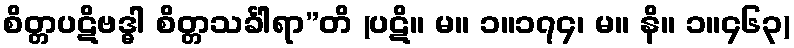
စိတ္တပဋိဗဒ္ဓါ စိတ္တသင်္ခါရာ”တိ (ပဋိ။ မ။ ၁။၁၇၄၊ မ။ နိ။ ၁။၄၆၃)